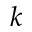
k